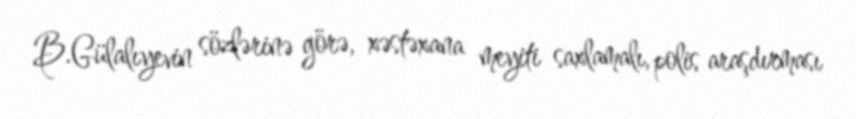
B.Gülalıyevin sözlərinə görə, xəstəxana meyiti saxlamalı, polis araşdırması